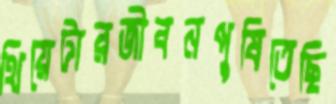
থিয়েটারজীবনপুষিতেছি